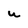
Character: U